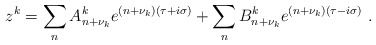
\begin{align*}z^k=\sum_n A_{n+\nu_k}^k e^{(n+\nu_k)(\tau+i\sigma)}+ \sum_nB_{n+\nu_k}^ke^{(n+\nu_k)(\tau-i\sigma)} \ .\end{align*}